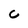
Character: C